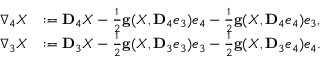
\begin{array} { r l } { \nabla _ { 4 } X } & { : = \mathbf { D } _ { 4 } X - \frac { 1 } { 2 } \mathbf { g } ( X , \mathbf { D } _ { 4 } e _ { 3 } ) e _ { 4 } - \frac { 1 } { 2 } \mathbf { g } ( X , \mathbf { D } _ { 4 } e _ { 4 } ) e _ { 3 } , } \\ { \nabla _ { 3 } X } & { : = \mathbf { D } _ { 3 } X - \frac { 1 } { 2 } \mathbf { g } ( X , \mathbf { D } _ { 3 } e _ { 3 } ) e _ { 3 } - \frac { 1 } { 2 } \mathbf { g } ( X , \mathbf { D } _ { 3 } e _ { 4 } ) e _ { 4 } . } \end{array}